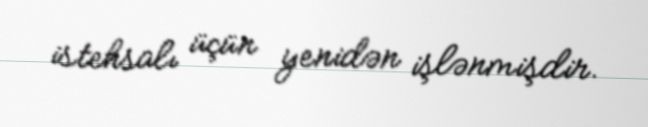
istehsalı üçün yenidən işlənmişdir.